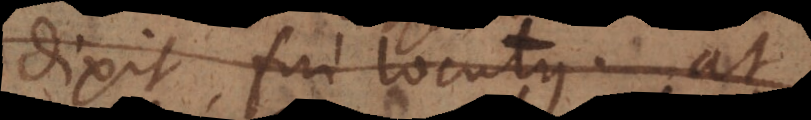
dixit, fui locutus, at